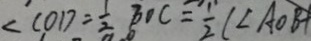
\angle C O D = \frac { 1 } { 2 } B O C = \frac { 1 } { 2 } ( \angle A O B +